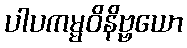
ပါပကမ္မဝိနိဗ္ဗယော